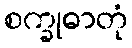
စက္ခုဓာတုံ